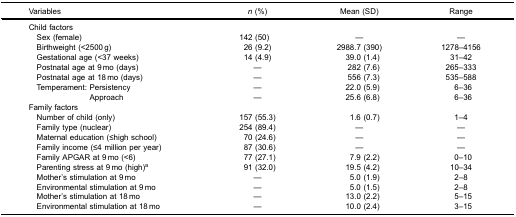
| Variables | n (%) | Mean (SD) | Range |
 | --- | --- | --- | --- |
 | Child factors |  |  |  |
 | Sex (female) | 142 (50) | — | — |
 | Birthweight (<2500 g) | 26 (9.2) | 2988.7 (390) | 1278–4156 |
 | Gestational age (<37 weeks) | 14 (4.9) | 39.0 (1.4) | 31–42 |
 | Postnatal age at 9 mo (days) | — | 282 (7.6) | 265–333 |
 | Postnatal age at 18 mo (days) | — | 556 (7.3) | 535–588 |
 | Temperament: Persistency | — | 22.0 (5.9) | 6–36 |
 | Approach | — | 25.6 (6.8) | 6–36 |
 | Family factors |  |  |  |
 | Number of child (only) | 157 (55.3) | 1.6 (0.7) | 1–4 |
 | Family type (nuclear) | 254 (89.4) | — | — |
 | Maternal education (≤high school) | 70 (24.6) | — | — |
 | Family income (≤4 million per year) | 87 (30.6) | — | — |
 | Family APGAR at 9 mo (<6) | 77 (27.1) | 7.9 (2.2) | 0–10 |
 | Parenting stress at 9 mo (high)a | 91 (32.0) | 19.5 (4.2) | 10–34 |
 | Mother’s stimulation at 9 mo | — | 5.0 (1.9) | 2–8 |
 | Environmental stimulation at 9 mo | — | 5.0 (1.5) | 2–8 |
 | Mother’s stimulation at 18 mo | — | 13.0 (2.2) | 5–15 |
 | Environmental stimulation at 18 mo | — | 10.0 (2.4) | 3–15 |